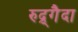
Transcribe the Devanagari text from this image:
रुद्र्गैदा